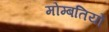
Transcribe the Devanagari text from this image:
मोम्बतियों